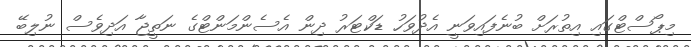
މިޕޯސްޓްގައި އިތުރަށް ބުނެފައިވަނީ އެދުވަހު ޑަކްޓަރު ދިން އެސެންމަންޓްގެ ނަތީޖާ އަދިވެސް ނުލިބޭ